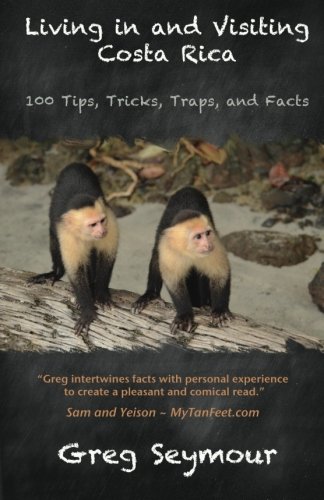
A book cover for Living in and Visiting Costa Rica: 100 Tips, Tricks, Traps, and Facts; Greg Seymour; Travel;